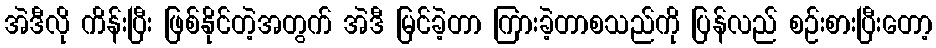
အဲဒီလို ကိန်းပြီး ဖြစ်နိုင်တဲ့အတွက် အဲဒီ မြင်ခဲ့တာ ကြားခဲ့တာစသည်ကို ပြန်လည် စဉ်းစားပြီးတော့